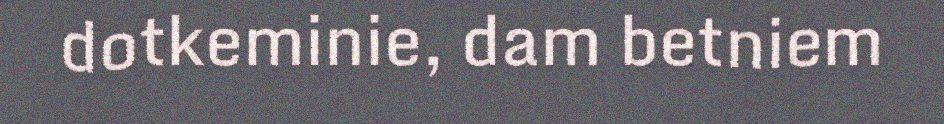
dotkeminie, dam betniem